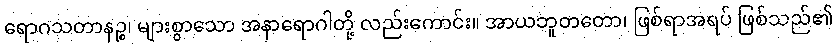
ရောဂသတာနဉ္စ၊ များစွာသော အနာရောဂါတို့ လည်းကောင်း။ အာယဘူတတော၊ ဖြစ်ရာအရပ် ဖြစ်သည်၏